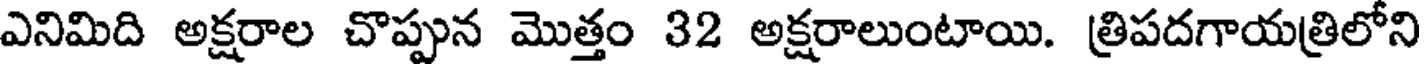
ఎనిమిది అక్షరాల చొప్పున మొత్తం 32 అక్షరాలుంటాయి. త్రిపదగాయత్రిలోని